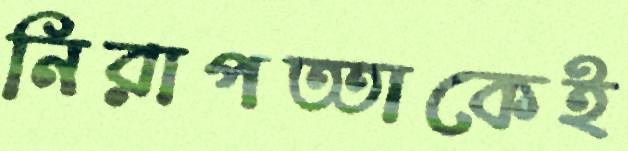
নিরাপত্তাকেই